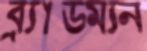
ব্র্যাডম্যন